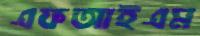
এফআইএম